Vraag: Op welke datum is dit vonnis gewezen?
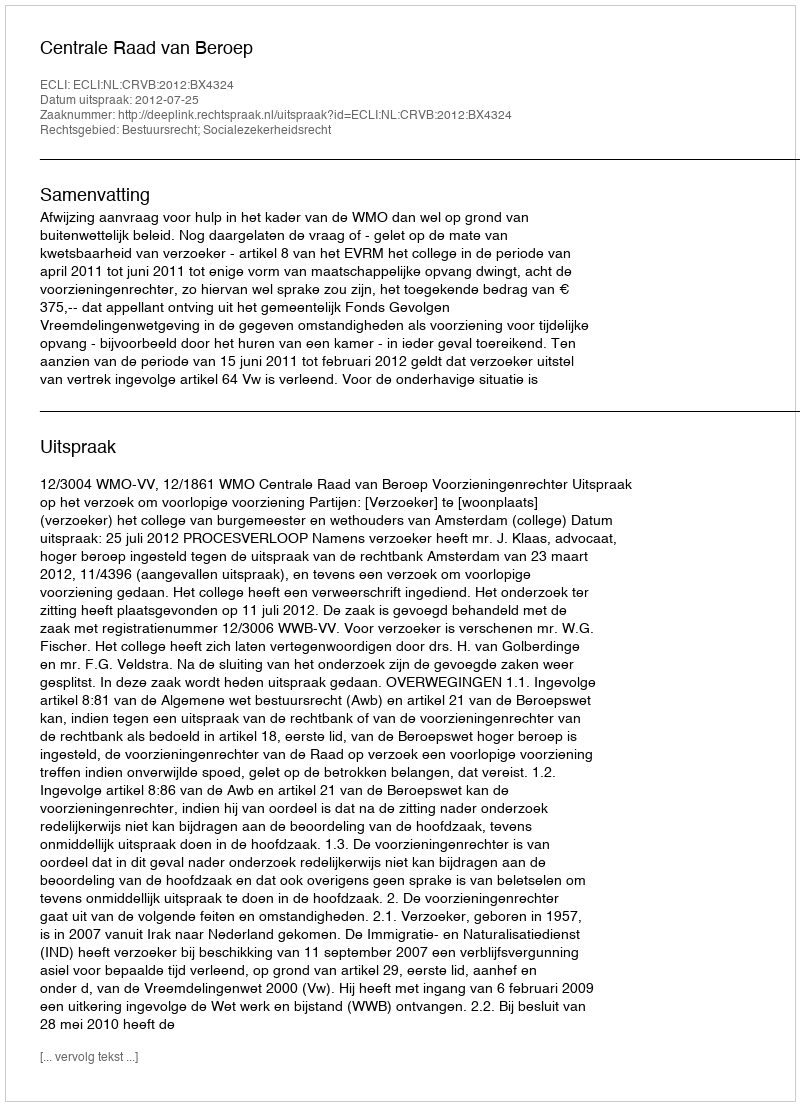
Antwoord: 2012-07-25